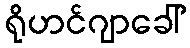
ရိုဟင်ဂျာခေါ်